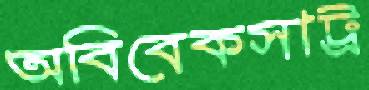
অবিবেকসাট্র